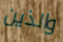
والذين